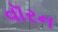
વૉરન